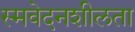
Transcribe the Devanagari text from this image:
स्मवेदनशीलता